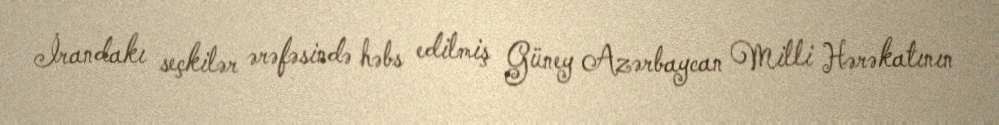
İrandakı seçkilər ərəfəsində həbs edilmiş Güney Azərbaycan Milli Hərəkatının